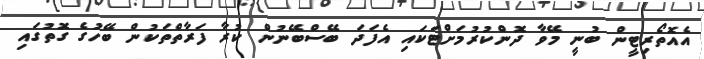
އެއޮތޯރިޓީން ބުނީ މޭވާ ދޮންކުރުމަށްޓަކައި އެފަދަ ބޭސްބޭނުން ކުރާ ފަރާތްތަކުން ބޭހުގެ ގޮތުގައި